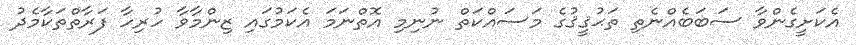
އެކަށީގެންވާ ސަބަބެއްނެތި ތަޙުޤީޤުގެ މަސައްކަތް ނުނިމި އޮތްނަމަ އެކަމުގައި ޒިންމާވާ ހުރިހާ ފަރާތްތަކާމެދު